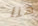
هنا